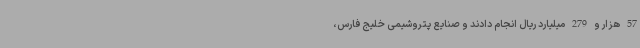
57 هزار و 279 میلیارد ریال انجام دادند و صنایع پتروشیمی خلیج فارس،